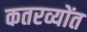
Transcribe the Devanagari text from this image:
कतरव्योंत